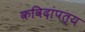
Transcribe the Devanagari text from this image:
कविदांपत्य